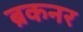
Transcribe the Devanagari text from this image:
ब्रकनर